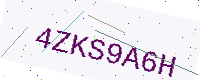
Text: 4ZKS9A6H